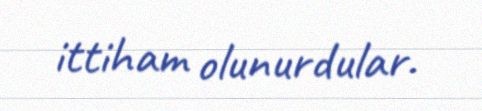
ittiham olunurdular.